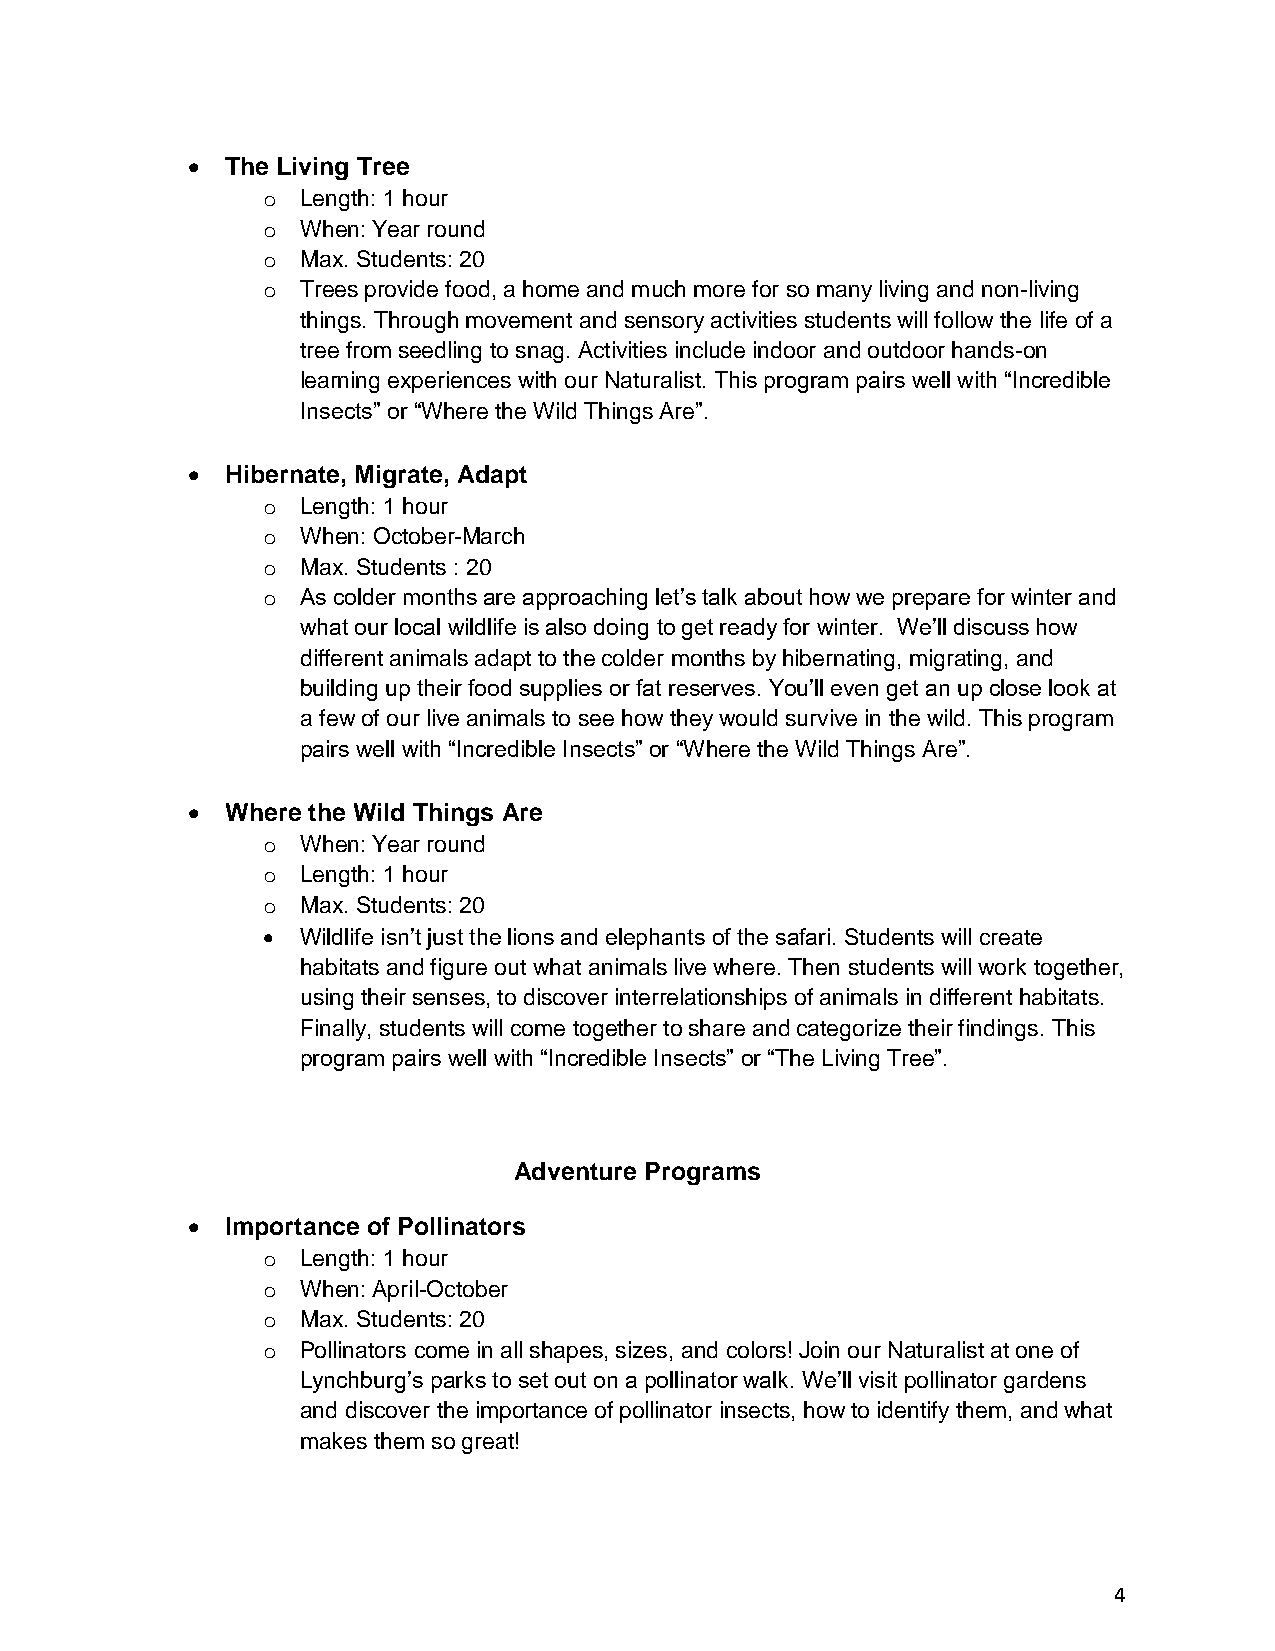
•  The Living Tree
 o  Length: 1 hour
 o  When: Year round
 o  Max. Students: 20
 o  Trees provide food, a home and much more for so many living and non-living
 things. Through movement and sensory activities students will follow the life of a
 tree from seedling to snag. Activities include indoor and outdoor hands-on
 learning experiences with our Naturalist. This program pairs well with “Incredible
 Insects” or “Where the Wild Things Are”.
 •  Hibernate, Migrate, Adapt
 o  Length: 1 hour
 o  When: October-March
 o  Max. Students : 20
 o  As colder months are approaching let’s talk about how we prepare for winter and
 what our local wildlife is also doing to get ready for winter. We’ll discuss how
 different animals adapt to the colder months by hibernating, migrating, and
 building up their food supplies or fat reserves. You’ll even get an up close look at
 a few of our live animals to see how they would survive in the wild. This program
 pairs well with “Incredible Insects” or “Where the Wild Things Are”.
 •  Where the Wild Things Are
 o  When: Year round
 o  Length: 1 hour
 o  Max. Students: 20
 •  Wildlife isn’t just the lions and elephants of the safari. Students will create
 habitats and figure out what animals live where. Then students will work together,
 using their senses, to discover interrelationships of animals in different habitats.
 Finally, students will come together to share and categorize their findings. This
 program pairs well with “Incredible Insects” or “The Living Tree”.
 Adventure Programs
 •  Importance of Pollinators
 o  Length: 1 hour
 o  When: April-October
 o  Max. Students: 20
 o  Pollinators come in all shapes, sizes, and colors! Join our Naturalist at one of
 Lynchburg’s parks to set out on a pollinator walk. We’ll visit pollinator gardens
 and discover the importance of pollinator insects, how to identify them, and what
 makes them so great!
 4